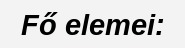
Fő elemei: